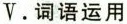
V.词语运用